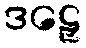
ဒဠှေ